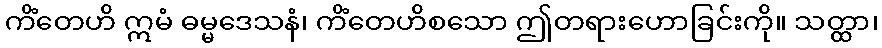
ကိံတေဟိ ဣမံ ဓမ္မဒေသနံ၊ ကိံတေဟိစသော ဤတရားဟောခြင်းကို။ သတ္ထာ၊